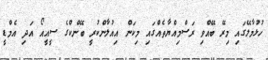
ހުޅުމާލޭގައި މިރޭ ބޭއްވި ރަސްމިއްޔާތެއްގައި މިކަން އިއުލާންކުރީ ބޭންކްގެ ސީއީއޯ އަދި އެމްޑީ